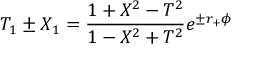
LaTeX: T _ { 1 } \pm X _ { 1 } = { \frac { 1 + X ^ { 2 } - T ^ { 2 } } { 1 - X ^ { 2 } + T ^ { 2 } } } e ^ { \pm r _ { + } \phi }